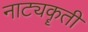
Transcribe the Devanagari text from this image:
नाट्यकॄती